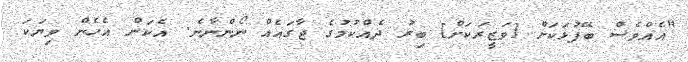
"އެއްވެސް ބޭފުޅަކަށް [ވަޒީރަކަށް] ބިރު ދެއްކުމުގެ ޖާގައެއް ނޯންނާނެ. އެކަން އެހެން ވިޔަކަ